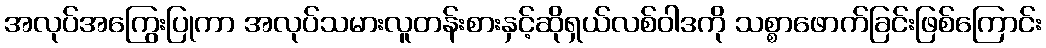
အလုပ်အကြွေးပြုကာ အလုပ်သမားလူတန်းစားနှင့်ဆိုရှယ်လစ်ဝါဒကို သစ္စာဖောက်ခြင်းဖြစ်ကြောင်း